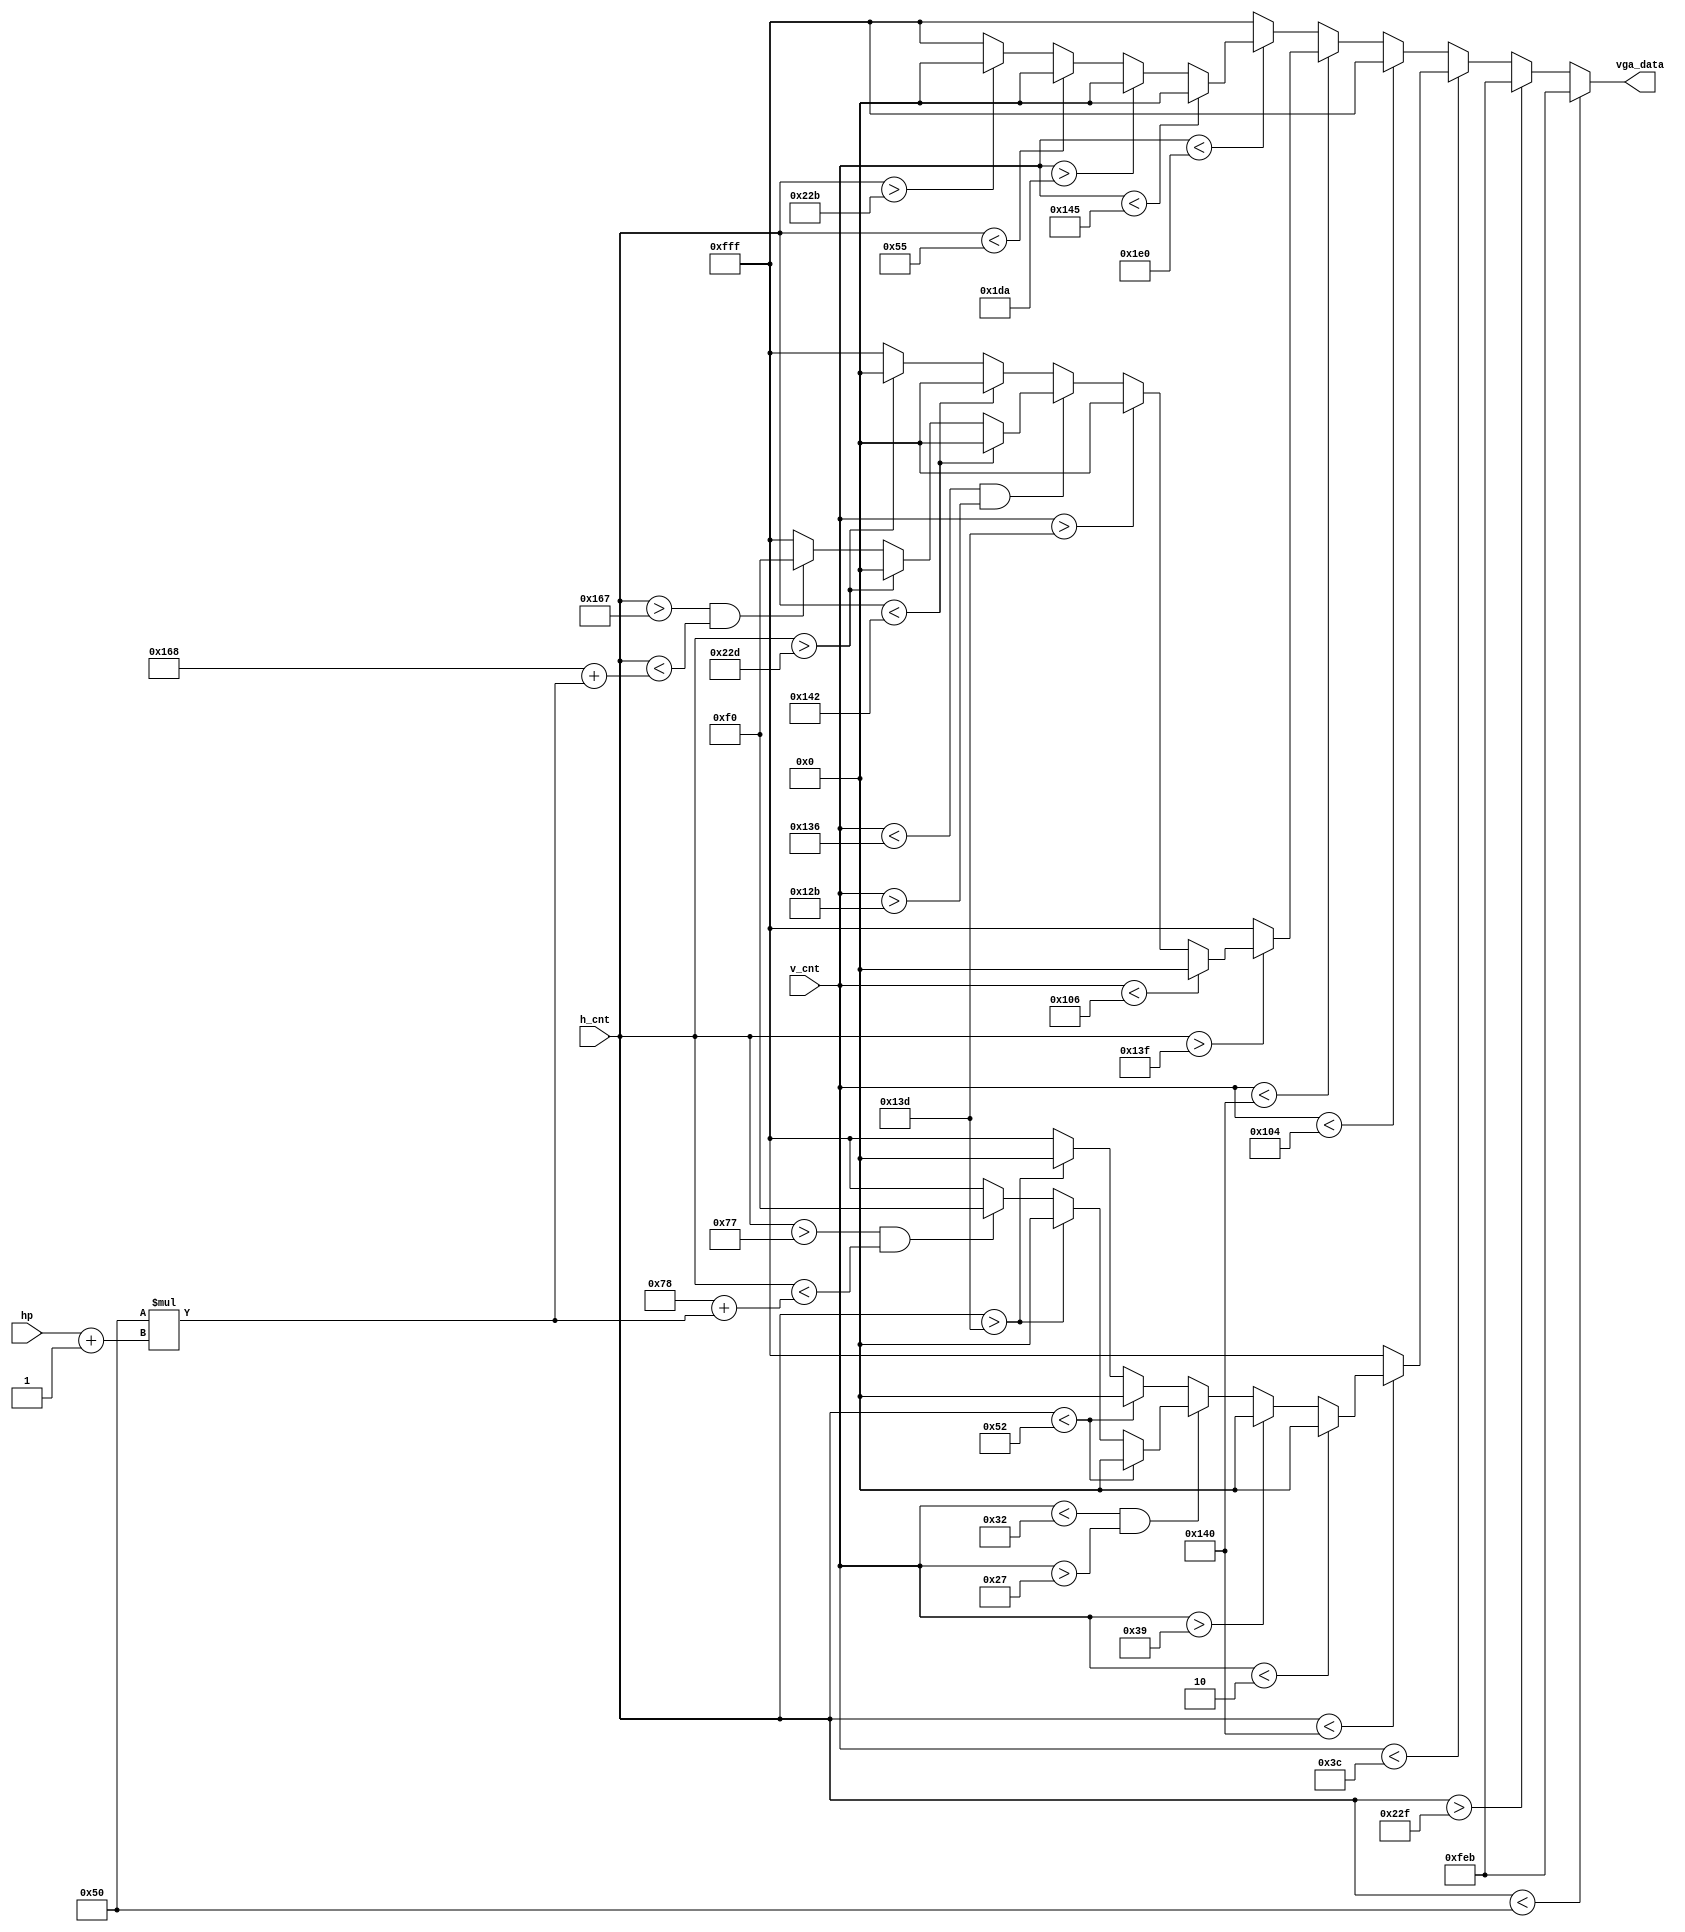
`timescale 1ns / 1ps
//////////////////////////////////////////////////////////////////////////////////
// Company: 
// Engineer: 
// 
// Design Name: 
// Module Name: fight_scene
// Project Name: 
// Target Devices: 
// Tool Versions: 
// Description: 
// 
// Dependencies: 
// 
// Revision:
// Revision 0.01 - File Created
// Additional Comments:
// 
//////////////////////////////////////////////////////////////////////////////////


module fight_scene(
        input hp,
        input [9:0]v_cnt,
        input [9:0]h_cnt,
        output reg [11:0] vga_data
    );
    wire [7:0] hp_bar;
    assign hp_bar = 80 * (hp + 1'b1);
    always @(*) begin
        if(h_cnt < 80) vga_data = 12'hfeb;
        else if(h_cnt > 559) vga_data = 12'hfeb;
        else begin    
            vga_data = 12'hfff;
            if(v_cnt < 10'd60) begin
                if(h_cnt < 10'd320) begin    
                    if(v_cnt < 10'd2) vga_data = 12'h000;
                    else if(v_cnt > 10'd57) vga_data = 12'h000;
                    else if(v_cnt < 10'd50 && v_cnt > 10'd39) begin
                        if(h_cnt < 10'd82) vga_data = 12'h000;
                        else if (h_cnt > 10'd317) vga_data = 12'h000;
                        else if(h_cnt > 10'd119 && h_cnt < (10'd120 + hp_bar)) vga_data = 12'h0f0;
                    end
                    else begin
                        if(h_cnt < 10'd82) vga_data = 12'h000;
                        else if (h_cnt > 10'd317) vga_data = 12'h000;
                    end
                end
            end
            else if(v_cnt < 10'd260) begin
                vga_data = 12'hfff;
            end
            else if(v_cnt < 10'd320) begin
                if(h_cnt > 10'd319) begin    
                    if(v_cnt < 10'd262) vga_data = 12'h000;
                    else if(v_cnt > 10'd317) vga_data = 12'h000;
                    else if(v_cnt < 10'd310 && v_cnt > 10'd299) begin
                        if(h_cnt < 10'd322) vga_data = 12'h000;
                        else if (h_cnt > 10'd557) vga_data = 12'h000;
                        else if(h_cnt > 10'd359 && h_cnt < (10'd360 + hp_bar)) vga_data = 12'h0f0;
                    end
                    else begin
                        if(h_cnt < 10'd322) vga_data = 12'h000;
                        else if (h_cnt > 10'd557) vga_data = 12'h000;
                    end
                end
            end
            else if(v_cnt < 10'd480) begin
                if(v_cnt < 10'd325) vga_data = 12'h000;
                else if(v_cnt > 10'd474) vga_data = 12'h000;
                else begin
                    if(h_cnt < 10'd85) vga_data = 12'h000;
                    else if(h_cnt > 10'd555) vga_data = 12'h000;
                end         
            end
        end
    end
endmodule
/*
module pkm (
    input 
);
    
endmodule

module sel (
    input v_cnt,
    input h_cnt,
    output reg [11:0] rgb;
);


    
endmodule

module ani (
    ports
);
    
endmodule

module pkm_state (
    ports
);
    
endmodule
*/